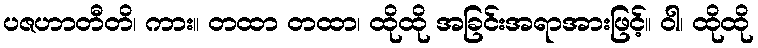
ပဇဟာတီတိ၊ ကား။ တထာ တထာ၊ ထိုထို အခြင်းအရာအားဖြင့်။ ဝါ၊ ထိုထို